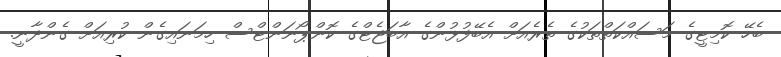
ބެހޭ ކޮމިޓީގެ މަސައްކަތްތަކުގެ ތެރެއަށް އެބޭފުޅުންގެ އާބަޖެޓްގެ ކޮންޕޯނަންޓްސް ހިމަނައިގެން ކުރިއަށް ގެންދާނީ.